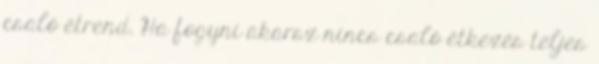
csaló étrend. Ha fogyni akarsz nincs csaló étkezés teljes